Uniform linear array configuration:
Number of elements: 48
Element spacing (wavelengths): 0.5
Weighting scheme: kaiser
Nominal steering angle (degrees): -30
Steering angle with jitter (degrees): -31.876
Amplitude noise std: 0.05
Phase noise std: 0.05

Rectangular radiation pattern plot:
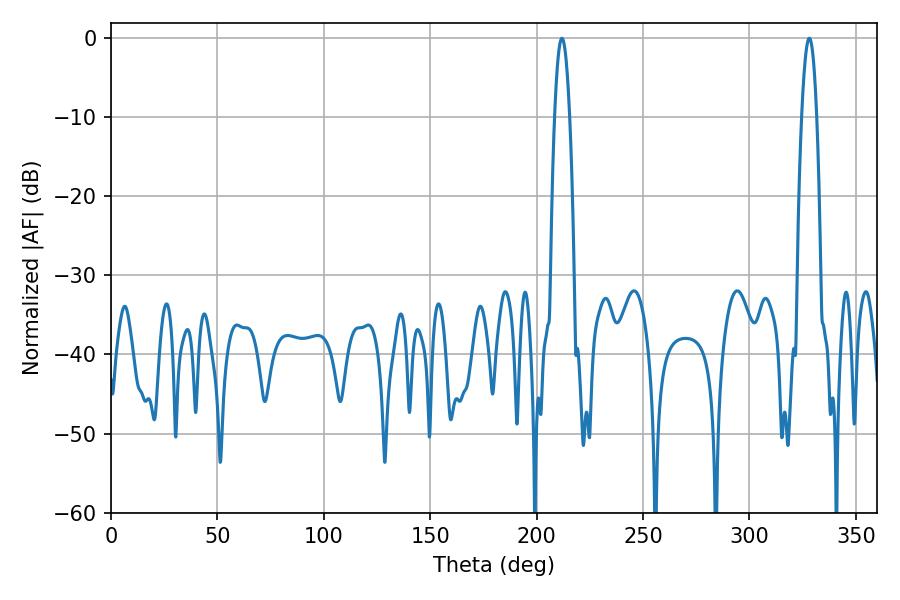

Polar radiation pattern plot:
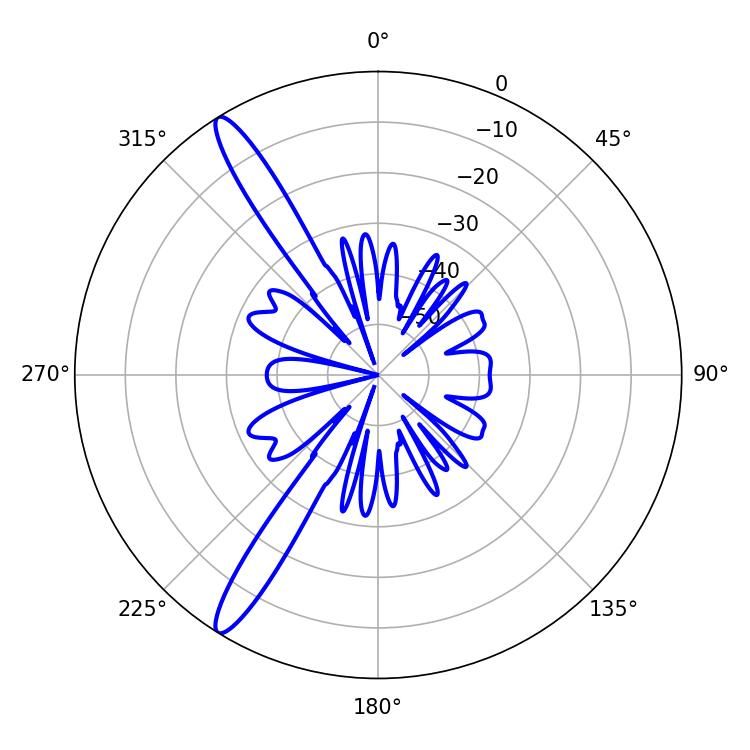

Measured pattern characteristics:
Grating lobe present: FALSE
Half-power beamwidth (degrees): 3.78
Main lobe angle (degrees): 328.14